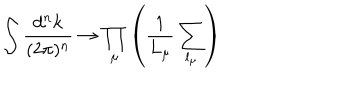
\int \frac { d ^ { n } k } { ( 2 \pi ) ^ { n } } \rightarrow \prod _ { \mu } \left( \frac { 1 } { L _ { \mu } } \sum _ { l _ { \mu } } \right)